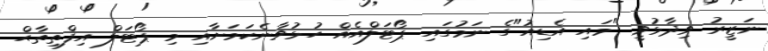
ނަޒީރު ވިދާޅުވީ "މައި އެޑިއު"ގެ ނަމުގައި ޕޯޓަލްއެއް ހުޅުވާނެކަމަށާއި މި ޕޯޓަލް އިފްތިތާޙް